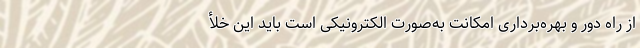
از راه دور و بهره‌برداری امکانت به‌صورت الکترونیکی است باید این خلأ